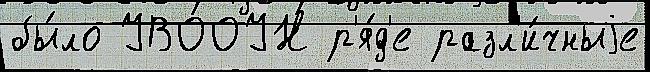
бы́ло УВООУН р'я́д'е разл'и́чныjе